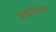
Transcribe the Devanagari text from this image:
उद्योगेतर